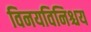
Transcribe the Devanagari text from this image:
विनयविनिश्चय